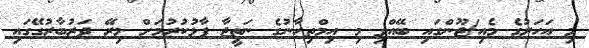
މި އަހަރުގެ މެއި/ޖޫންގައި ބޭއްވި މި އިމްތިހާނުގެ ނަތީޖާ ފާޅުކުރުމަށް މިރޭ ދަރުބާރުގޭގައި